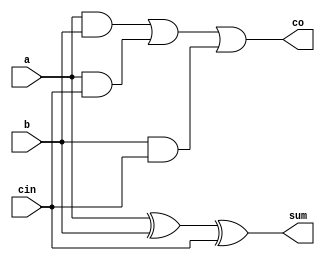

// Full Adder Code your design here
 `define DF
//`define STRUCTURAL
module fa_df_struc(a,b,cin,sum,co);

input a,b,cin;
output sum,co;

`ifdef DF
assign sum=a^b^cin,
  co=(a&b)|(a&cin)|(b&cin);
`endif

`ifdef STRUCTURAL

  xor ins1(sum1,a,b),
      ins2(sum,sum1,cin);
  and a1(c1,a,b), a2(c2,a,cin), a3(c3,b,cin);
  or (co,c1,c2,c3);

`endif

endmodule

// Code your testbench here
`timescale 1ns/1ns
module test;
  reg a,b,cin;
  wire sum,co;
  
  integer i;
  integer seed;
  
  fa_df_struc ins1(a,b,cin,sum,co);
  
  initial begin 
    seed=10;
    for(i=0;i<=7;i=i+1)
      begin
        {a,b,cin}=$random(seed);
        #5;
      end
      
  end
  initial
    #80  $finish;
  initial 
    $monitor("simtime=%0t,a=%b,b=%b,cin=%b,sum=%b,cin=%b",$time,a,b,cin,sum,co);
endmodule
    
//Link in the EDAPlayground, copy the link and paste it in the new tab   https://www.edaplayground.com/x/Zj8L